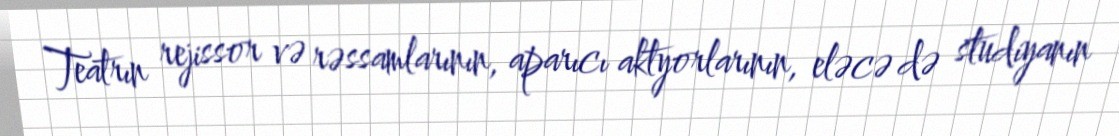
Teatrın rejissor və rəssamlarının, aparıcı aktyorlarının, eləcə də studiyanın